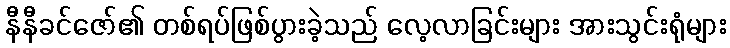
နီနီခင်ဇော်၏ တစ်ရပ်ဖြစ်ပွားခဲ့သည် လေ့လာခြင်းများ အားသွင်းရုံများ